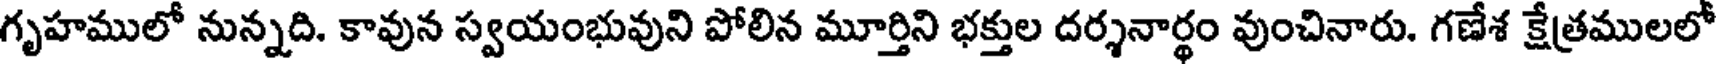
గృహములో నున్నది. కావున స్వయంభువుని పోలిన మూర్తిని భక్తుల దర్శనార్థం వుంచినారు. గణేశ క్షేత్రములలో